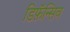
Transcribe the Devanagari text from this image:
डिफ़ॅन्सिव